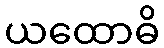
ယထောဓိ